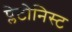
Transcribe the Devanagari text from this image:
प्लेटोनिस्ट